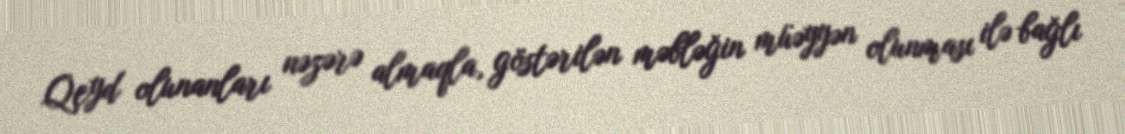
Qeyd olunanları nəzərə almaqla, göstərilən məbləğin müəyyən olunması ilə bağlı